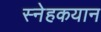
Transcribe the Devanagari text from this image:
स्नेहकयान